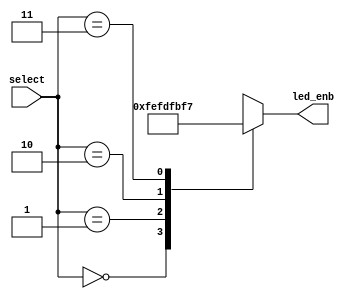
`timescale 1ns / 1ps
//////////////////////////////////////////////////////////////////////////////////
// Company: 
// Engineer: 
// 
// Design Name: 
// Module Name: seven_seg_encoder
// Project Name: 
// Target Devices: 
// Tool Versions: 
// Description: 
// 
// Dependencies: 
// 
// Revision:
// Revision 0.01 - File Created
// Additional Comments:
// 
//////////////////////////////////////////////////////////////////////////////////


module seven_seg_encoder(

    input [1:0]select,
    output reg[7:0]led_enb

    );
    
    
    always@(select) begin
        
        case(select)
            2'b00 : led_enb = 8'b11111110;
            2'b01 : led_enb = 8'b11111101;
            2'b10 : led_enb = 8'b11111011;
            2'b11 : led_enb = 8'b11110111;
        endcase
    end
    
endmodule